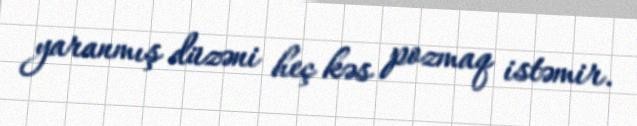
yaranmış düzəni heç kəs pozmaq istəmir.